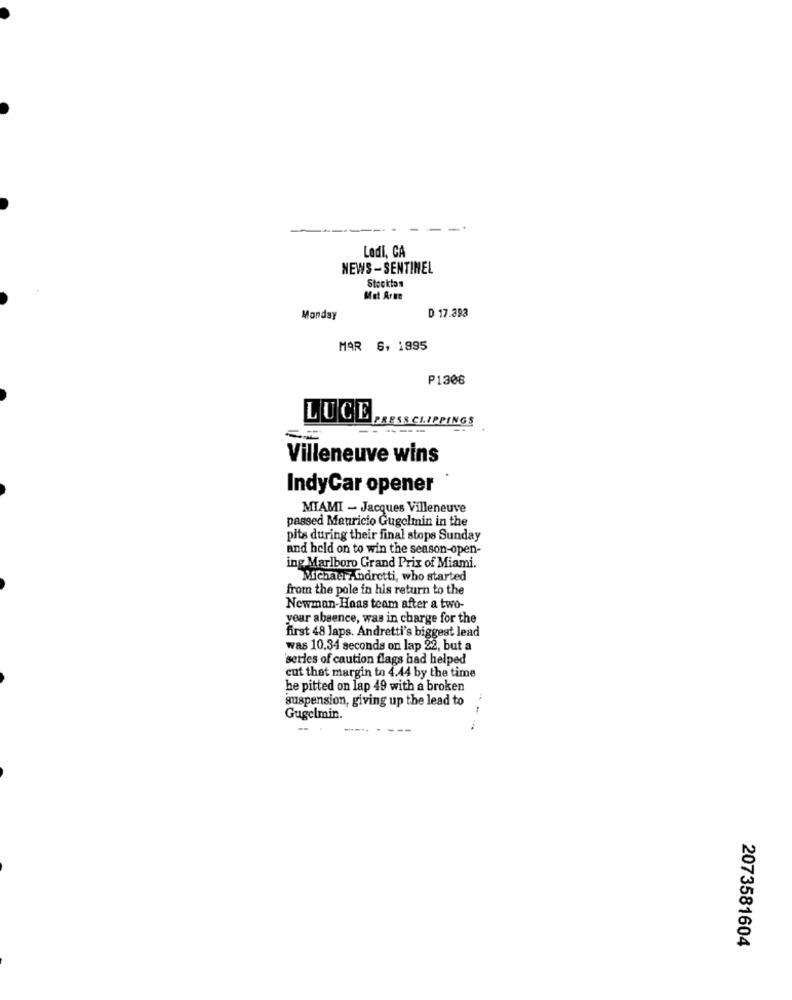
Lodi, CA
NEWS -SENTINEL
Stockton
Mat Arne
D 17.393
Monday
MAR 6, 1995
P1308
LUCE,
APRESSCLIPPINGS
Villeneuve wins
IndyCar opener
MIAMI - Jacques Villeneuve
passed Mauricio Gugelmin in the
pits during their final stops Sunday
and hold on to win the season-open-
ing Marlboro Grand Prix of Miami.
Michael Andretti, who started
from the pole in his return to the
Newman-Haas team after a two-
year absence, was in charge for the
first 48 laps. Andretti's biggest lead
was 10.34 seconds on lap 22, but a
series of caution flags had helped
cut that margin to 4.44 by the time
he pitted on lap 49 with a broken
suspension, giving up the lead to
Gugelmin.
2073581604